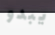
يبدو